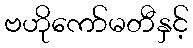
ဗဟိုကော်မတီနှင့်